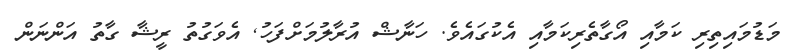
މަޑުމައިތިރި ކަމާއި އޯގާތެރިކަމާއި އެކުގައެވެ. ހަނާޝް އުރާލުމަށްފަހު